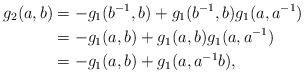
LaTeX: \begin{align*}g_2(a,b)&=-g_1(b^{-1},b)+ g_1(b^{-1},b)g_1(a, a^{-1})\\&=-g_1(a,b)+ g_1(a,b)g_1(a, a^{-1})\\&=-g_1(a,b)+ g_1(a,a^{-1}b), \end{align*}